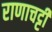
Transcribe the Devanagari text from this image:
राणाचट्टी